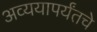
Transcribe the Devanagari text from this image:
अव्ययापर्यंतचे